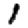
Digit: 1